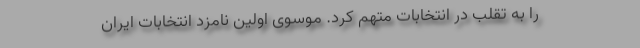
را به تقلب در انتخابات متهم کرد. موسوی اولین نامزد انتخابات ایران